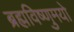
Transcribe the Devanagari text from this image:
ब्रह्मविष्णुमयो